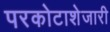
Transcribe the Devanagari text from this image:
परकोटाशेजारी